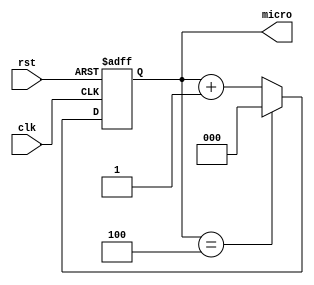
module micro_instr (
	// System Inputs
	input clk,
	input rst,
	// Output
	output reg [2:0] micro
	);

	
	initial begin micro = 4; end
	
	always @(negedge clk or posedge rst)
		begin
			if (rst)
				micro = 0;
			else begin
				if (micro == 4)
					micro = 0;
				else
					micro = micro + 1;
				end
		end
endmodule